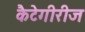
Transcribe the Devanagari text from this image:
कैटेगीरीज